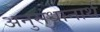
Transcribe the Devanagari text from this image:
अनुसंधानार्थ